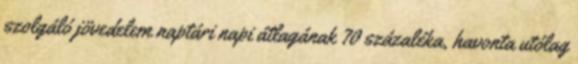
szolgáló jövedelem naptári napi átlagának 70 százaléka, havonta utólag